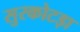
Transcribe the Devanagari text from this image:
सुरकोटड़ा